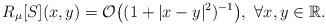
LaTeX: \begin{align*}R_\mu[S](x,y)=\mathcal{O}\big( (1+|x-y|^2)^{-1}\big),\ \forall x, y\in\mathbb R.\end{align*}